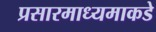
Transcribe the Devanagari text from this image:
प्रसारमाध्यमाकडे